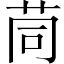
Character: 茼